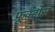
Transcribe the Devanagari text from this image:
फ्रूक्टोस